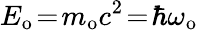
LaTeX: E_{\mathrm{o}}\! =\! m_{\mathrm{o}}c^{2}\! =\! \hbar\omega_{\mathrm{o}}